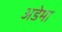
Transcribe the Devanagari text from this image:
अडेमा